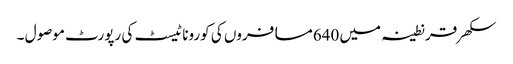
سکھر قرنطینہ میں 640مسافروں کی کورونا ٹیسٹ کی رپورٹ موصول ۔